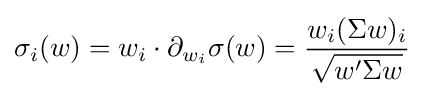
\sigma _{i}(w)=w_{i}\cdot \partial _{w_{i}}\sigma (w)={\frac {w_{i}(\Sigma w)_{i}}{\sqrt {w'\Sigma w}}}